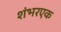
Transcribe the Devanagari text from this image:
शंभरएक